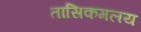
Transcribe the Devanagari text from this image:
तासिकमलय